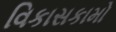
વિકાસકામો